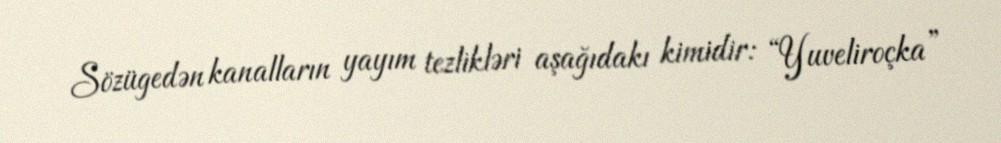
Sözügedən kanalların yayım tezlikləri aşağıdakı kimidir: “Yuveliroçka”